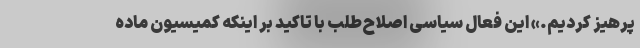
پرهیز کردیم.» این فعال سیاسی اصلاح‌طلب با تاکید بر اینکه کمیسیون ماده